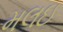
મલઇ